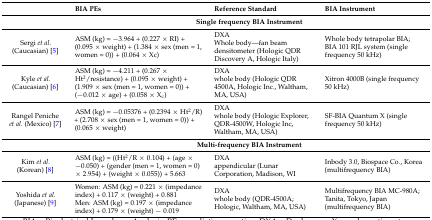
|  | BIA PEs | Reference Standard | BIA Instrument |
 | --- | --- | --- | --- |
 |  | <COLSPAN=3> Single frequency BIA Instrument |
 | Sergi et al. (Caucasian) [5] | ASM (kg) = −3.964 + (0.227 × RI) + (0.095 × weight) + (1.384 × sex (men = 1, women = 0)) + (0.064 × Xc) | DXAWhole body—fan beam densitometer (Hologic QDR Discovery A, Hologic Italy) | Whole body tetrapolar BIA; BIA 101 RJL system (single frequency 50 kHz) |
 | Kyle et al. (Caucasian) [6] | ASM (kg) = −4.211 + (0.267 × Ht2/resistance) + (0.095 × weight) + (1.909 × sex (men = 1, women = 0)) + (−0.012 × age) + (0.058 × Xc) | DXAwhole body (Hologic QDR 4500A, Hologic Inc., Waltham, MA, USA) | Xitron 4000B (single frequency 50 kHz) |
 | Rangel Peniche et al. (Mexico) [7] | ASM (kg) = −0.05376 + (0.2394 × Ht2/R) + (2.708 × sex (men = 1, women = 0)) + (0.065 × weight) | DXAwhole body (Hologic Explorer, QDR-4500W, Hologic Inc, Waltham, MA, USA) | SF-BIA Quantum X (single frequency 50 kHz) |
 |  | <COLSPAN=3> Multi-frequency BIA Instrument |
 | Kim et al. (Korean) [8] | ASM (kg) = ((Ht2/R × 0.104) + (age × −0.050) + (gender (men = 1, women = 0) × 2.954) + (weight × 0.055)) + 5.663 | DXAappendicular (Lunar Corporation, Madison, WI | Inbody 3.0, Biospace Co., Korea (multifrequency BIA) |
 | Yoshida et al. (Japanese) [9] | Women: ASM (kg) = 0.221 × (impedance index) + 0.117 × (weight) + 0.881 Men: ASM (kg) = 0.197 × (impedance index) + 0.179 × (weight) − 0.019 | DXAwhole body (QDR-4500A; Hologic, Waltham, MA, USA) | Multifrequency BIA MC-980A; Tanita, Tokyo, Japan (multifrequency BIA) |